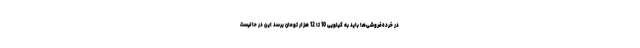
در خرده‌فروشی‌ها باید به کیلویی 10 تا 12 هزار تومان برسد این در حالیست